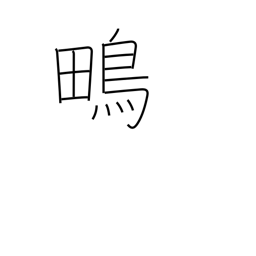
Meaning: snipe